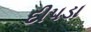
દીપડા